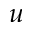
u